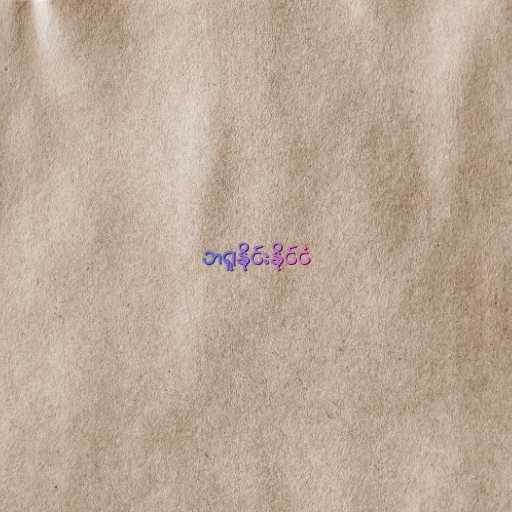
ဘရူနိုင်းနိုင်ငံ